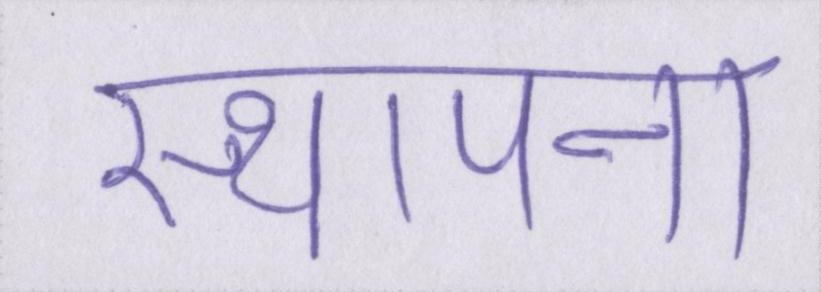
स्थापना